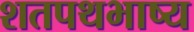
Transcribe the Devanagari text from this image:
शतपथभाष्य